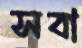
সবা